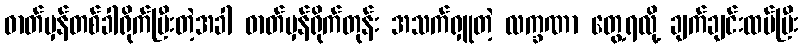
ဓာတ်မှန်တစ်ခါရိုက်ပြီးတဲ့အခါ ဓာတ်မှန်ရိုက်တုန်း အသက်ရှူတဲ့ လက္ခဏာ တွေ့ရလို့ ချက်ချင်းထပ်ပြီး